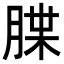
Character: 𦜫